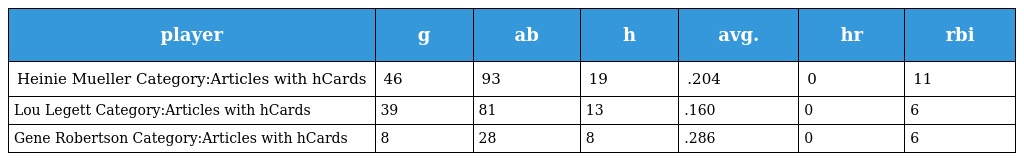
| player | g | ab | h | avg. | hr | rbi |
 | --- | --- | --- | --- | --- | --- | --- |
 | Heinie Mueller Category:Articles with hCards | 46 | 93 | 19 | .204 | 0 | 11 |
 | Lou Legett Category:Articles with hCards | 39 | 81 | 13 | .160 | 0 | 6 |
 | Gene Robertson Category:Articles with hCards | 8 | 28 | 8 | .286 | 0 | 6 |